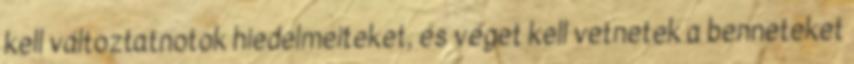
kell változtatnotok hiedelmeiteket, és véget kell vetnetek a benneteket